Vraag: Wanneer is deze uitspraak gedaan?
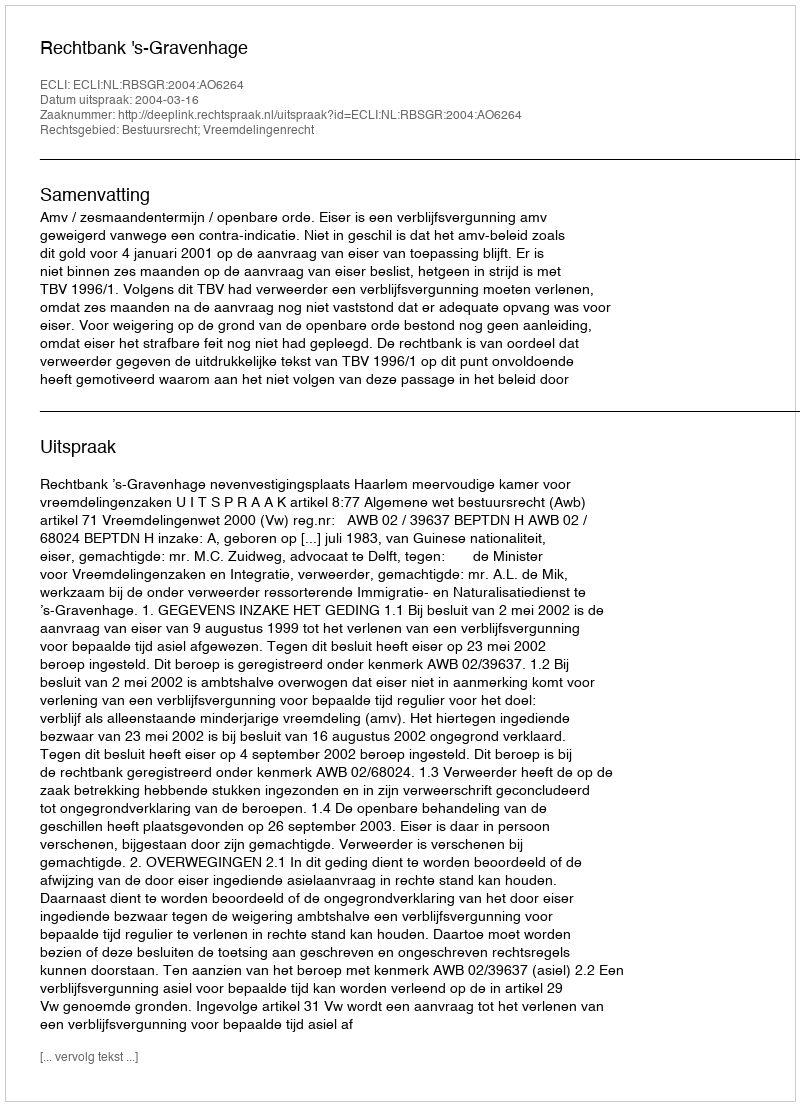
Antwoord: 2004-03-16